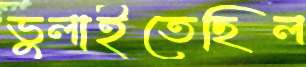
ভুলাইতেছিল